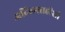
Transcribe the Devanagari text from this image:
अदिलशाहीशी